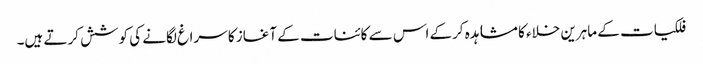
فلکیات کے ماہرین خلاء کا مشاہدہ کرکے اس سے کائنات کے آغاز کا سراغ لگانے کی کوشش کرتے ہیں۔